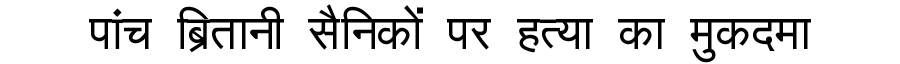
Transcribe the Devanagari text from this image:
पांच ब्रितानी सैनिकों पर हत्या का मुकदमा